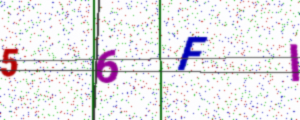
Text: 56FI